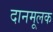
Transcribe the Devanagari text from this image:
दानमूलक